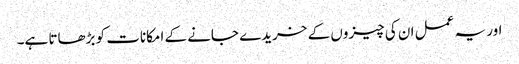
اور یہ عمل ان کی چیزوں کے خریدے جانے کے امکانات کو بڑھاتا ہے۔